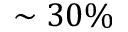
\sim 3 0 \%